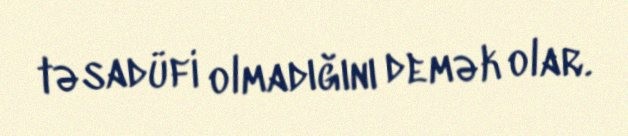
təsadüfi olmadığını demək olar.